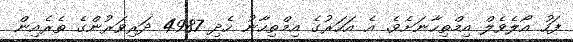
ފަހު އޯލެވެލް އިމްތިހާނަށެވެ. އެ އަހަރުގެ އިމްތިހާނު ހެދި 4987 ދަރިވަރުންގެ ތެރެއިން